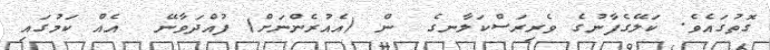
ގޮތުގައެވެ. ކަލޭގެފާނުގެ ވެރިރަސްކަލާނގެ  ން (އެއުރެންނަށް) ފުއްދަވާނޭ  އެއް ކަމުގައި